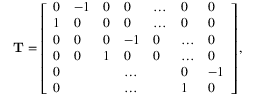
\mathbf T = \left[ \begin{array} { l l l l l l l } { 0 } & { - 1 } & { 0 } & { 0 } & { \dots } & { 0 } & { 0 } \\ { 1 } & { 0 } & { 0 } & { 0 } & { \dots } & { 0 } & { 0 } \\ { 0 } & { 0 } & { 0 } & { - 1 } & { 0 } & { \dots } & { 0 } \\ { 0 } & { 0 } & { 1 } & { 0 } & { 0 } & { \dots } & { 0 } \\ { 0 } & { } & { } & { \dots } & { } & { 0 } & { - 1 } \\ { 0 } & { } & { } & { \dots } & { } & { 1 } & { 0 } \end{array} \right] ,